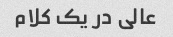
عالی در یک کلام